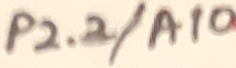
Text: P2.2/A10